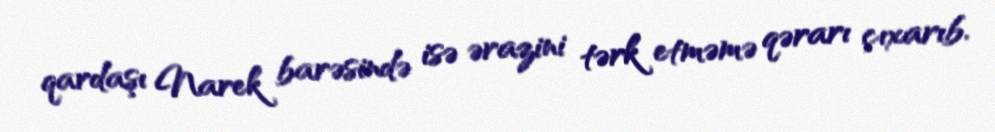
qardaşı Narek barəsində isə ərazini tərk etməmə qərarı çıxarıb.